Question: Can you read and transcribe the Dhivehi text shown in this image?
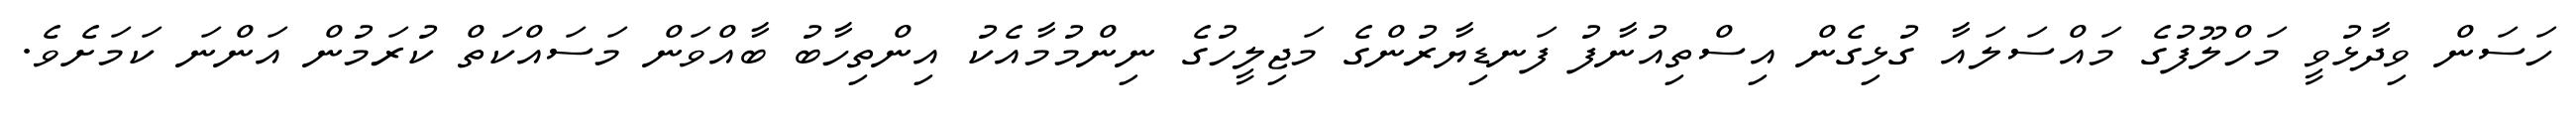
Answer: ހަސަން ވިދާޅުވީ މަހްލޫފުގެ މައްސަލައާ ގުޅިގެން އިސްތިއުނާފު ފަނޑިޔާރުންގެ މަޖިލީހުގެ ނިންމުމާއެކު އިންތިހާބު ބާއްވަން މަސައްކަތް ކުރަމުން އަންނަ ކަމަށެވެ.